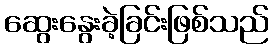
ဆွေးနွေးခဲ့ခြင်းဖြစ်သည်